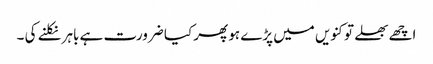
اچھے بھلے تو کنویں میں پڑے ہو پھر کیا ضرورت ہے باہر نکلنے کی ۔